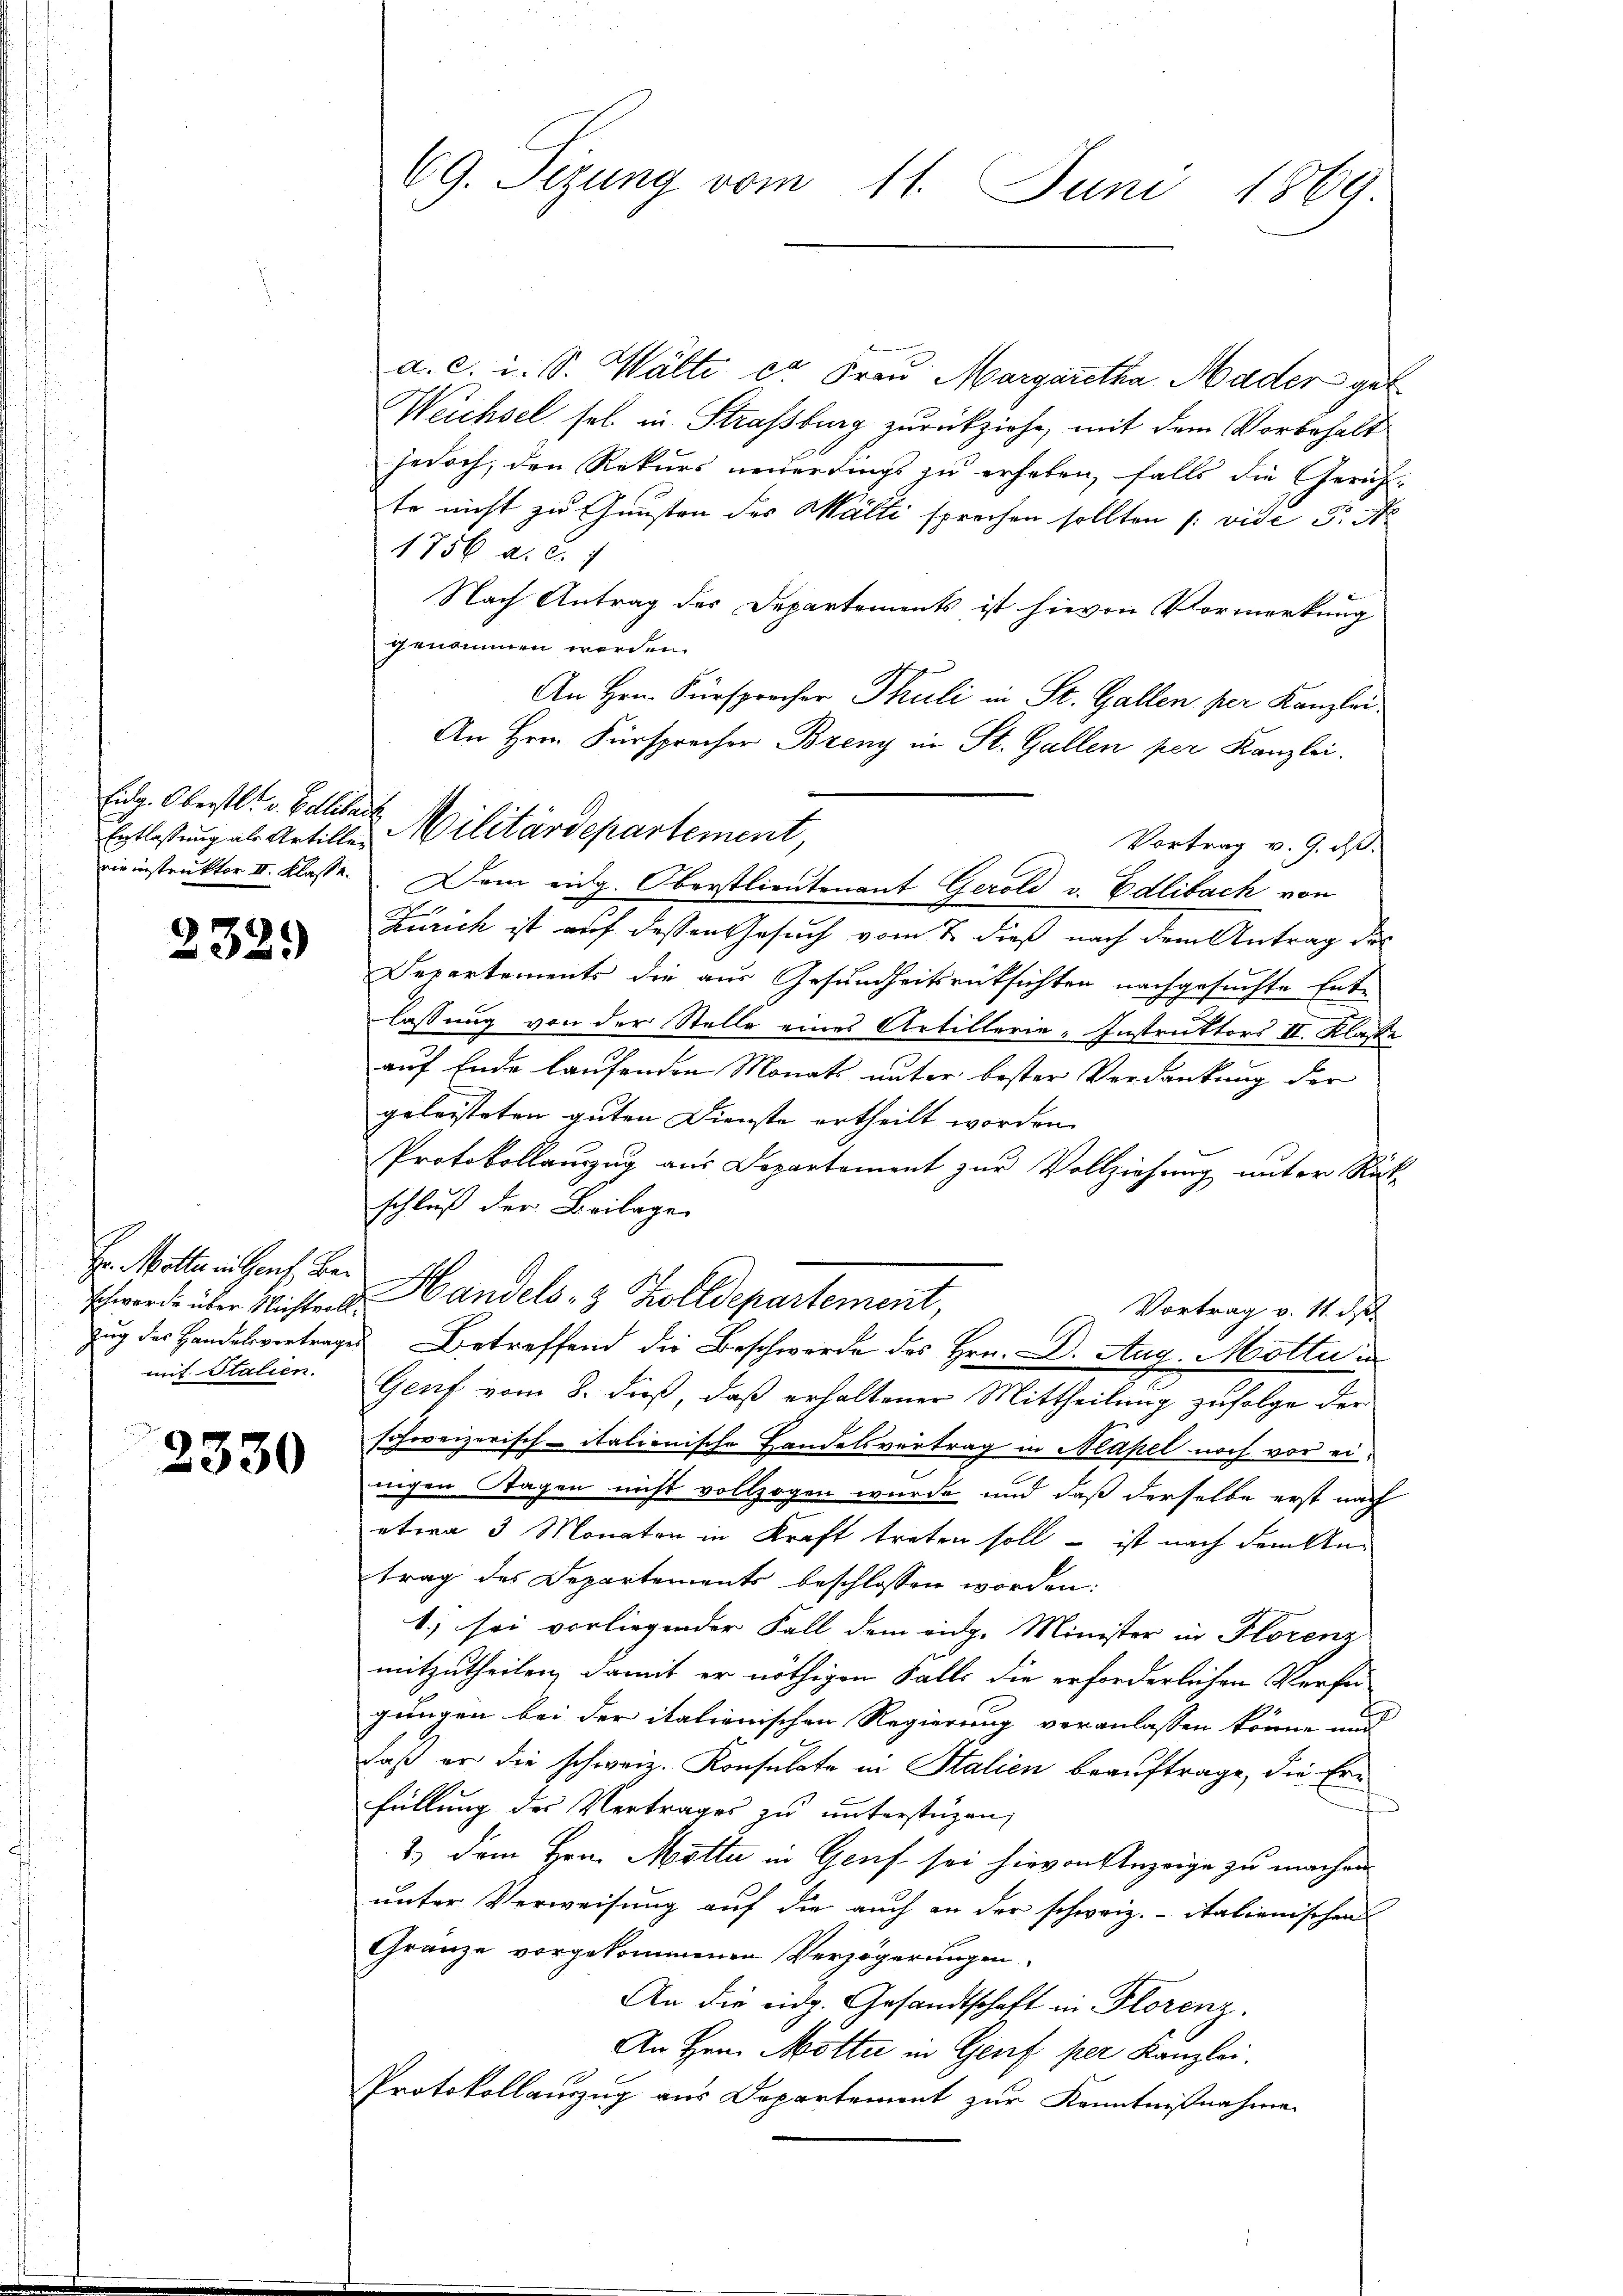
Eidg. Oberstl. v. Bollibach
Dir instruktor III. Klasse.

232.

Hr. Mitte in Genf. Be
Schwerde über Nichtvollzug des Handelsvertrage
mif Stalien.

2330

69. Sizung vom 11. Juni 1869

a. c. u. S. Wälti ca Frau Margaretha Mader gel
Weichsel sel. in Strassburg zurückziehe, mit dem Vorbehalt
jedoch, den Rekurs verlerdings zu erheben, falls die Gerichte nicht zu Gunsten des Wälti sprochen sollten (: vide Fr. St.
1756 a. c.
Nach Antrag des Departements ist hievon Vormerkung
genommen werden.
An Hrn. Fürsprecher Thuli in St. Gallen per Kanzlei.
An Hrrn. Fürsprecher Brenz in St. Gallen per Kanzlei.
Vortrag v. 9. ist.
Dem eidg. Oberstlieutenant Gerold v. Edlibach von
i
Zürich ist auf dessen Gesuch vom 7. dieß nach dem Antrag des
Departements die aus Gesundheitsrüksichten nachgesuchte Ent-
lassung von der Stelle eines Artillerie-Instruktors II. Klasse
auf Ende laufenden Monats unter bester Verdankung der
geleisteten guten Dienste ertheilt worden.
Protokollauszug aus Departement zur Vollziehung unter Rück
schluß der Beilage
Handels- & Zolldepartement,
Vortrag v. 11. ds.
Betreffend die Beschwerde des Hrn. D. Aug. Motta in
Genf vom 8. dieß, daß erhaltener Mittheilung zufolge der
schweizerisch-italienische Handelsvertrag in Makel noch vor ei¬
.
nigen Stagen nicht vollzogen wurde und daß derselbe erst nach
etwa 3 Monaten in Kraft treten soll – ist nach dem Antrag des Departements beschlossen worden:
b) sei vorliegender Fall dem eidg. Minister in Florenz
mitzutheilen, damit er nöthigen Falls die erforderlichen Verfü
gungen bei der italienischen Regierung veranlassen könne und
daß er die schweiz. Konsulate in Stalien beauftrage, die Erfüllung des Vertrages zu unterstüzen,
2.) Dem Hrn. Motta in Genf sei hievon Anzeige zu machen
unter Verweisung auf die auch an der schweiz. Italienischen
Gränze vorgekommenen Verzögerungen.
An die eidg. Gesandtschaft in Florenz.
An Hrn. Motter in Genf per Kanzlei.
Protokollauszug aus Departement zur Kenntnißnahme

Entlassung als Artillen Militärdepartement,